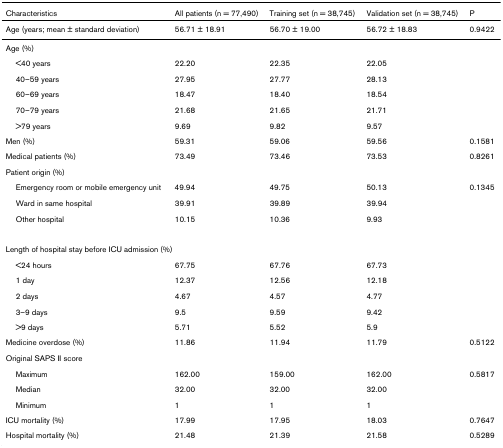
| Characteristics | All patients (n = 77,490) | Training set (n = 38,745) | Validation set (n = 38,745) | P |
 | --- | --- | --- | --- | --- |
 | Age (years; mean ± standard deviation) | 56.71 ± 18.91 | 56.70 ± 19.00 | 56.72 ± 18.83 | 0.9422 |
 | <COLSPAN=5> Age (%) |
 | <40 years | 22.20 | 22.35 | 22.05 |  |
 | 40–59 years | 27.95 | 27.77 | 28.13 |  |
 | 60–69 years | 18.47 | 18.40 | 18.54 |  |
 | 70–79 years | 21.68 | 21.65 | 21.71 |  |
 | >79 years | 9.69 | 9.82 | 9.57 |  |
 | Men (%) | 59.31 | 59.06 | 59.56 | 0.1581 |
 | Medical patients (%) | 73.49 | 73.46 | 73.53 | 0.8261 |
 | Patient origin (%) |  |  |  |  |
 | Emergency room or mobile emergency unit | 49.94 | 49.75 | 50.13 | 0.1345 |
 | Ward in same hospital | 39.91 | 39.89 | 39.94 |  |
 | Other hospital | 10.15 | 10.36 | 9.93 |  |
 | <COLSPAN=5> Length of hospital stay before ICU admission (%) |
 | <24 hours | 67.75 | 67.76 | 67.73 |  |
 | 1 day | 12.37 | 12.56 | 12.18 |  |
 | 2 days | 4.67 | 4.57 | 4.77 |  |
 | 3–9 days | 9.5 | 9.59 | 9.42 |  |
 | >9 days | 5.71 | 5.52 | 5.9 |  |
 | Medicine overdose (%) | 11.86 | 11.94 | 11.79 | 0.5122 |
 | Original SAPS II score |  |  |  |  |
 | Maximum | 162.00 | 159.00 | 162.00 | 0.5817 |
 | Median | 32.00 | 32.00 | 32.00 |  |
 | Minimum | 1 | 1 | 1 |  |
 | ICU mortality (%) | 17.99 | 17.95 | 18.03 | 0.7647 |
 | Hospital mortality (%) | 21.48 | 21.39 | 21.58 | 0.5289 |